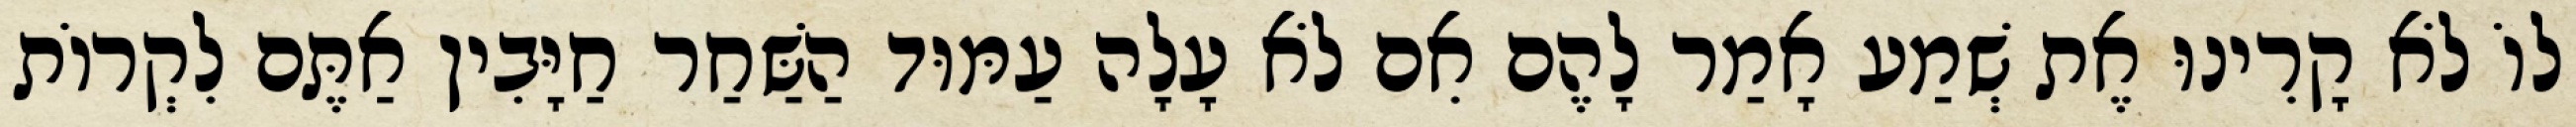
לוֹ לֹא קָרִינוּ אֶת שְׁמַע אָמַר לָהֶם אִם לֹא עָלָה עַמּוּד הַשַּׁחַר חַיָּבִין אַתֶּם לִקְרוֹת